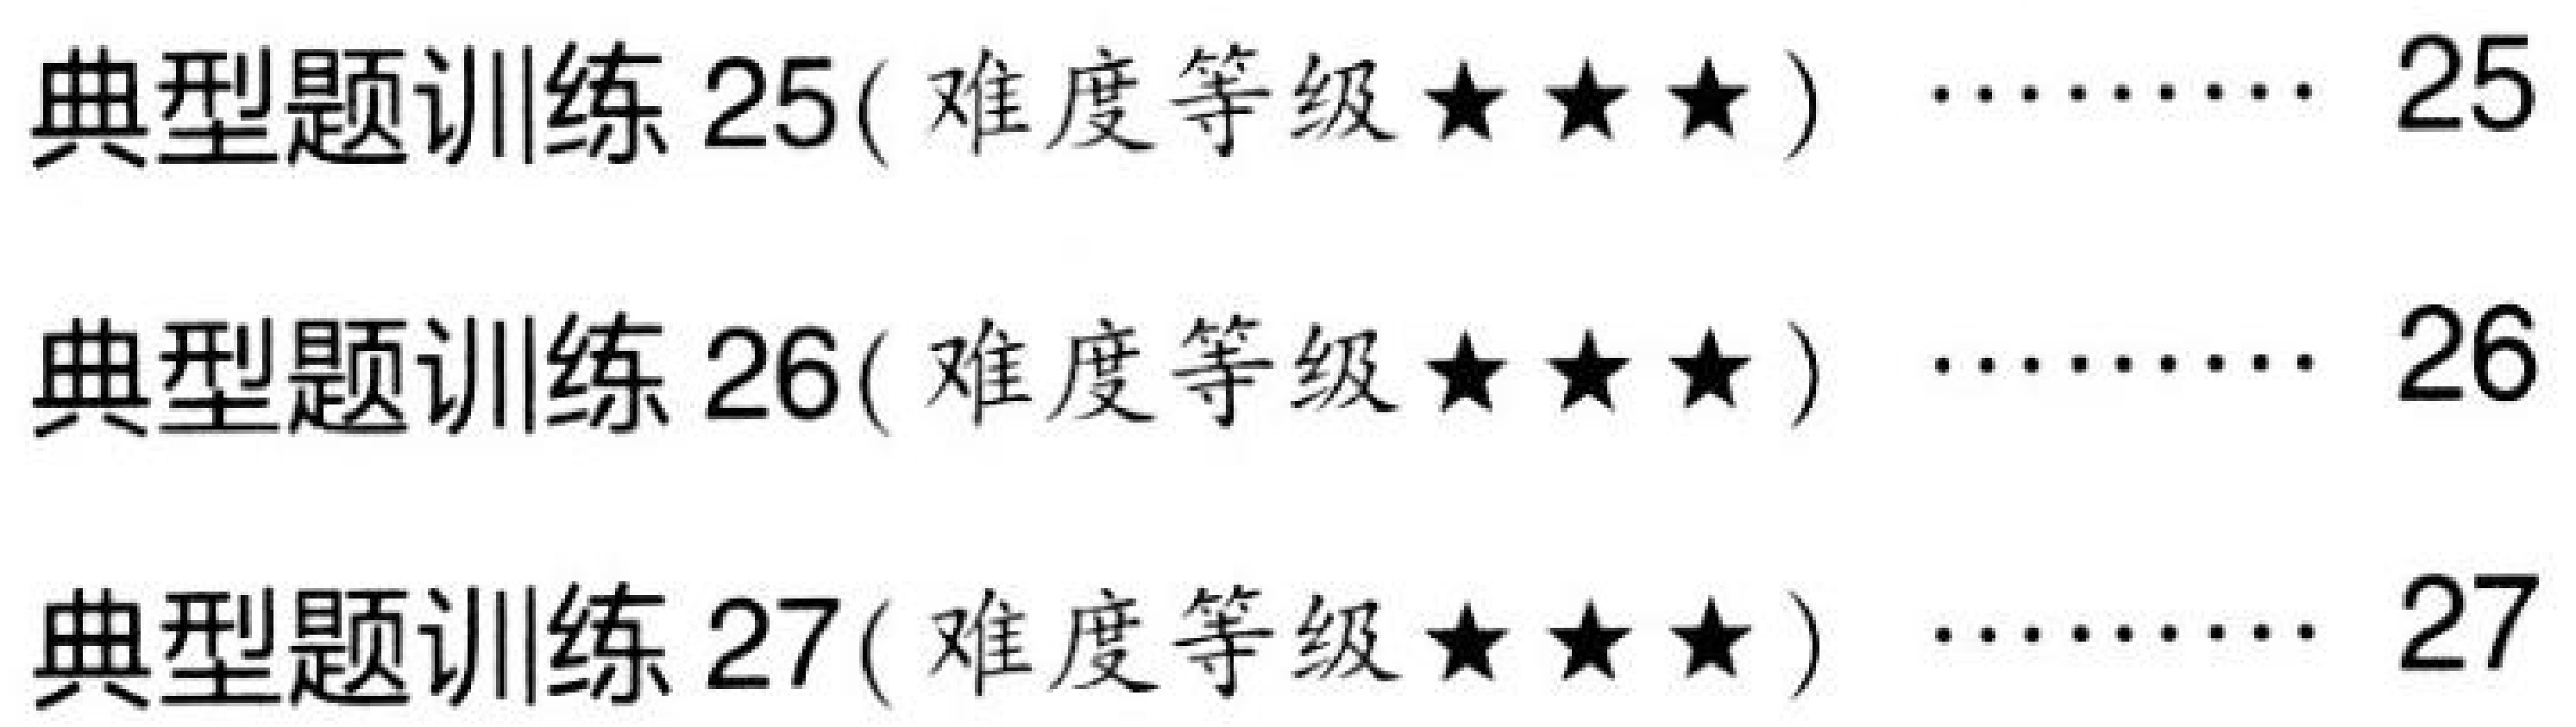
典型题训练 25( 难度等级★★★) ……… 25
典型题训练 26( 难度等级★★★) ……… 26
典型题训练 27( 难度等级★★★) ……… 27